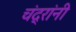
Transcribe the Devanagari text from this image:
चंद्रांनी